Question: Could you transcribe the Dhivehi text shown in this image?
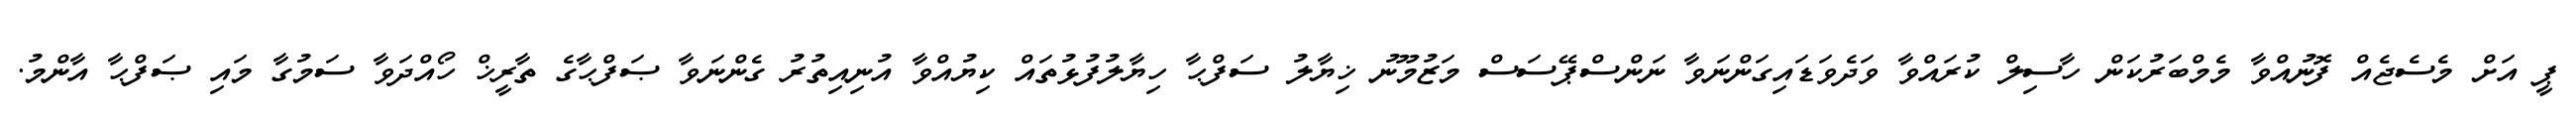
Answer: ޕީ އަށް މެސެޖެއް ފޮނުއްވާ މެމްބަރުކަން ހާސިލް ކުރައްވާ ވަދެވަޑައިގަންނަވާ ނަންސްޕޭސަސް މަޒުމޫނު ޚިޔާލު ސަފްޙާ ހިޔާލުފުޅުތައް ކިޔުއްވާ އުނިއިތުރު ގެންނަވާ ޞަފްޙާގެ ތާރީޚް ހޯއްދަވާ ސަމުގާ މައި ޞަފްޙާ އާންމު.